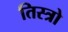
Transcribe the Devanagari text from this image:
तिस्त्रो